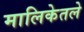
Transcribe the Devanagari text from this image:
मालिकेतले